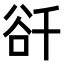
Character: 𧮮